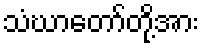
သံဃာတော်တို့အား